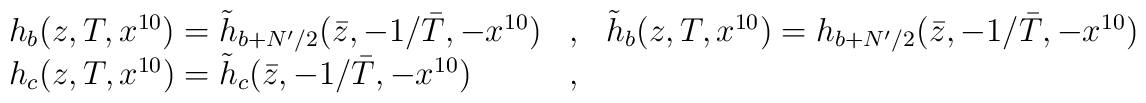
\begin{array}{lll}h_{b}(z,T,x^{10})=\tilde h_{b+N'/2}(\bar z,-1/\bar T,-x^{10})& ,&\tilde h_{b}(z,T,x^{10})=h_{b+N'/2}(\bar z,-1/\bar T,-x^{10})\\ h_{c}(z,T,x^{10})=\tilde h_{c}(\bar z,-1/\bar T,-x^{10}) &,&\end{array}